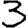
Digit: 3